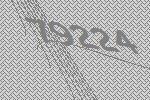
79224